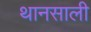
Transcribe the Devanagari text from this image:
थानसाली